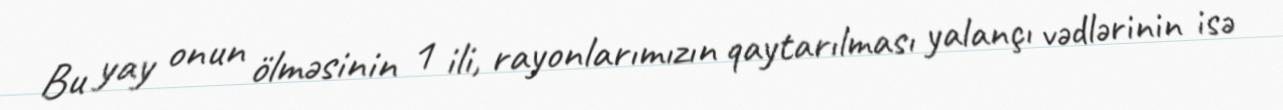
Bu yay onun ölməsinin 1 ili, rayonlarımızın qaytarılması yalançı vədlərinin isə